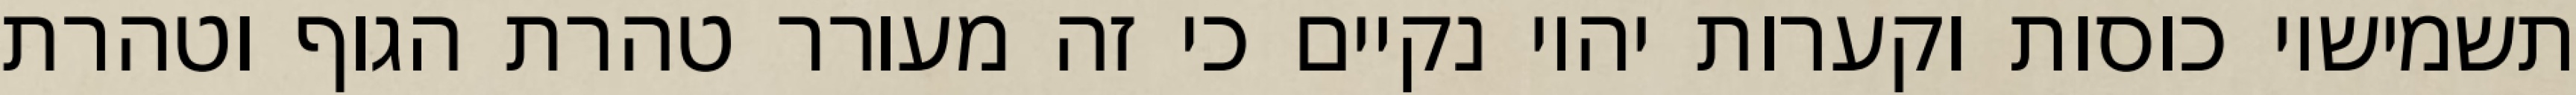
תשמישיו כוסות וקערות יהיו נקיים כי זה מעורר טהרת הגוף וטהרת